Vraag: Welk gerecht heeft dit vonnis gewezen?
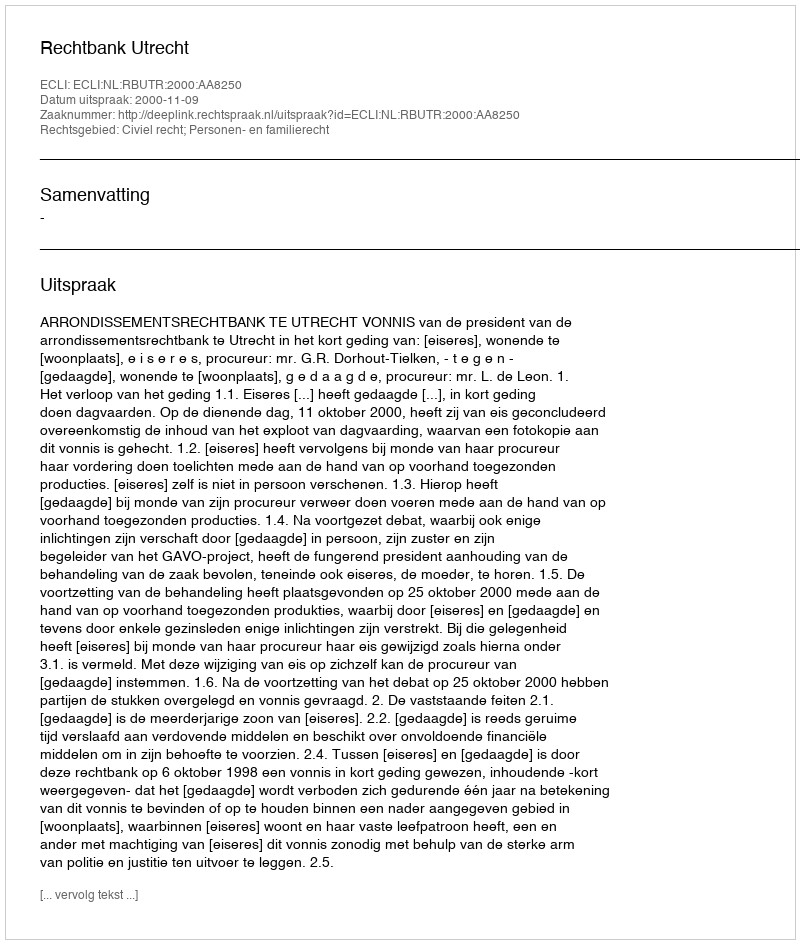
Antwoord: Rechtbank Utrecht